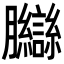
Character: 𦣋